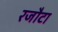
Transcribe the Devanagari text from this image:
रजौटा